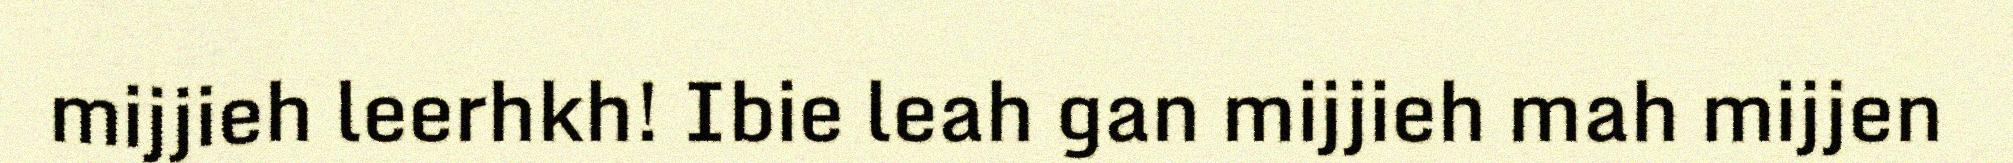
mijjieh leerhkh! Ibie leah gan mijjieh mah mijjen